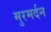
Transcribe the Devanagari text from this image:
मुरमर्दन